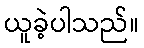
ယူခဲ့ပါသည်။